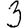
Digit: 3